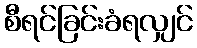
စီရင်ခြင်းခံရလျှင်